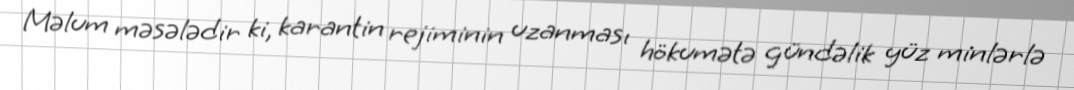
Məlum məsələdir ki, karantin rejiminin uzanması hökumətə gündəlik yüz minlərlə